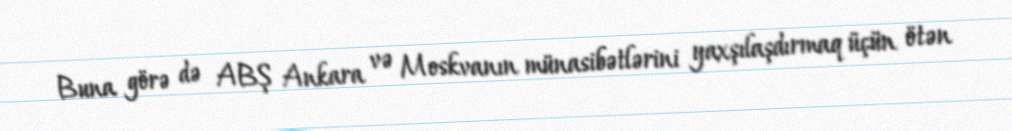
Buna görə də ABŞ Ankara və Moskvanın münasibətlərini yaxşılaşdırmaq üçün ötən